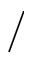
/